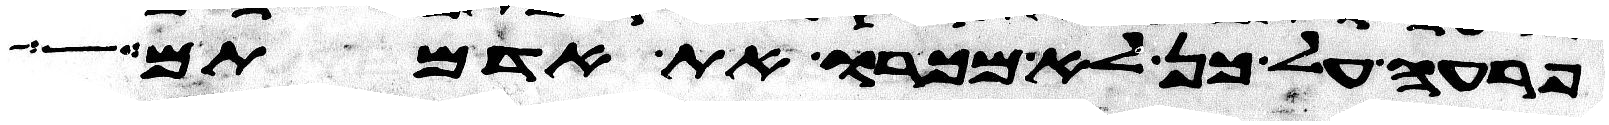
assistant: פרעה על כן לא מכרו את אדמתם